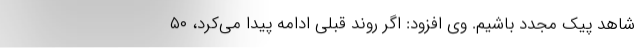
شاهد پیک مجدد باشیم. وی افزود: اگر روند قبلی ادامه پیدا می‌کرد، ۵۰